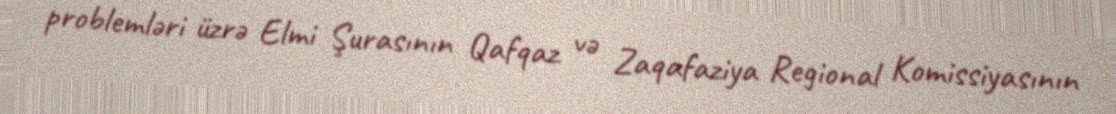
problemləri üzrə Elmi Şurasının Qafqaz və Zaqafaziya Regional Komissiyasının